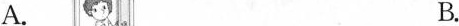
A. B.